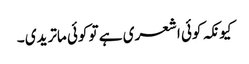
کیونکہ کوئی اشعری ہے تو کوئی ماتریدی ۔